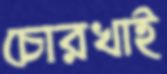
চোরখাই